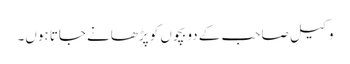
وکیل صاحب کے دو بچوں کو پڑھانے جاتا ہوں۔